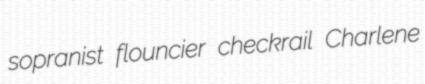
sopranist flouncier checkrail Charlene